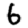
Digit: 6